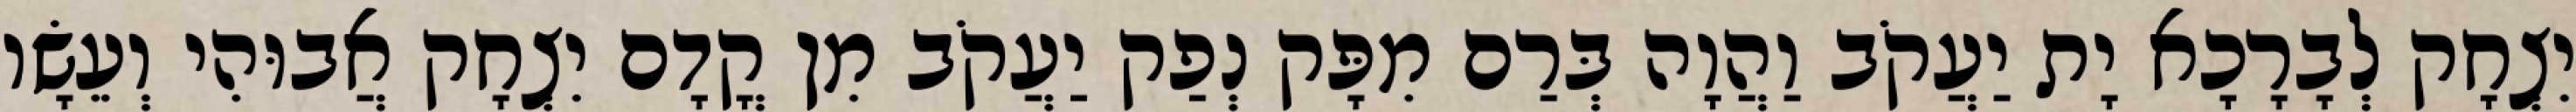
יִצְחָק לְבָרָכָא יָת יַעֲקֹב וַהֲוָה בְּרַם מִפָּק נְפַק יַעֲקֹב מִן קֳדָם יִצְחָק אֲבוּהִי וְעֵשָׂו